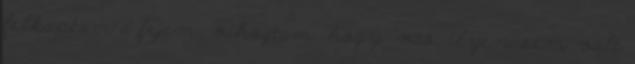
felkaptam a fejem, vihogtam, hogy “váó, ilyen sem volt